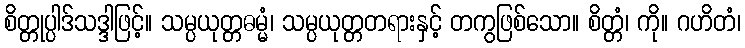
စိတ္တုပ္ပါဒ်သဒ္ဒါဖြင့်။ သမ္ပယုတ္တဓမ္မံ၊ သမ္ပယုတ္တတရားနှင့် တကွဖြစ်သော။ စိတ္တံ၊ ကို။ ဂဟိတံ၊